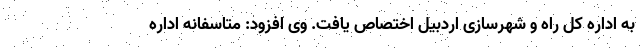
به اداره کل راه و شهرسازی اردبیل اختصاص یافت. وی افزود: متاسفانه اداره